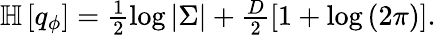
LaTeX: \begin{array}{r}{\mathbb{H}\left[q_{\phi}\right]=\frac{1}{2}\log\left\vert\Sigma\right\vert+\frac{D}{2}\left[1+\log\left(2\pi\right)\right].}\end{array}